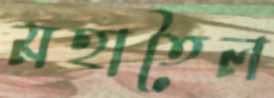
মহাতৈল